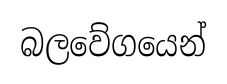
බලවේගයෙන්